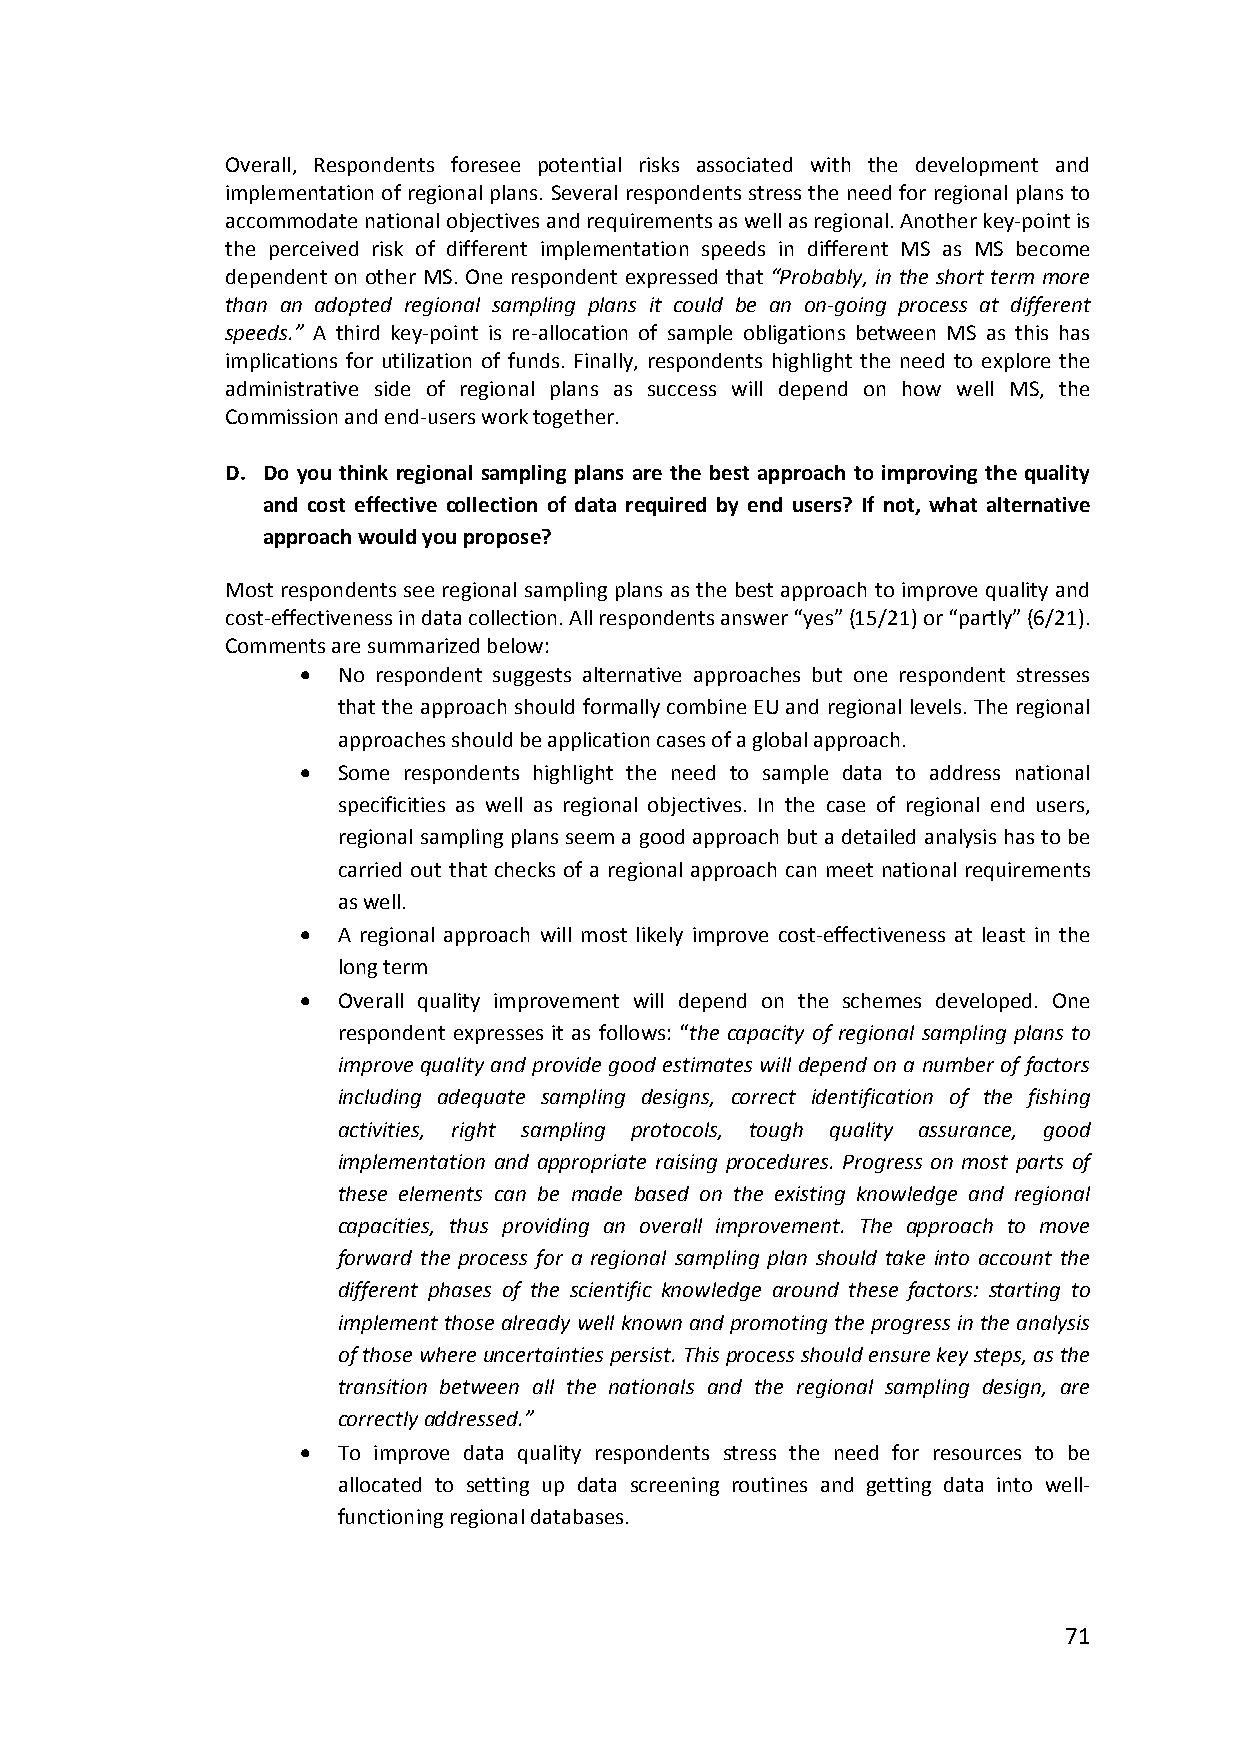
Overall, Respondents foresee potential risks associated with the development and
 implementation of regional plans. Several respondents stress the need for regional plans to
 accommodate national objectives and requirements as well as regional. Another key‐point is
 the perceived risk of different implementation speeds in different MS as MS become
 dependent on other MS. One respondent expressed that “Probably, in the short term more
 than an adopted regional sampling plans it could be an on‐going process at different
 speeds.” A third key‐point is re‐allocation of sample obligations between MS as this has
 implications for utilization of funds. Finally, respondents highlight the need to explore the
 administrative side of regional plans as success will depend on how well MS, the
 Commission and end‐users work together.
 D. Do you think regional sampling plans are the best approach to improving the quality
 and cost effective collection of data required by end users? If not, what alternative
 approach would you propose?
 Most respondents see regional sampling plans as the best approach to improve quality and
 cost‐effectiveness in data collection. All respondents answer “yes” (15/21) or “partly” (6/21).
 Comments are summarized below:
  No respondent suggests alternative approaches but one respondent stresses
 that the approach should formally combine EU and regional levels. The regional
 approaches should be application cases of a global approach.
  Some respondents highlight the need to sample data to address national
 specificities as well as regional objectives. In the case of regional end users,
 regional sampling plans seem a good approach but a detailed analysis has to be
 carried out that checks of a regional approach can meet national requirements
 as well.
  A regional approach will most likely improve cost‐effectiveness at least in the
 long term
  Overall quality improvement will depend on the schemes developed. One
 respondent expresses it as follows: “the capacity of regional sampling plans to
 improve quality and provide good estimates will depend on a number of factors
 including adequate sampling designs, correct identification of the fishing
 activities, right sampling protocols, tough quality assurance, good
 implementation and appropriate raising procedures. Progress on most parts of
 these elements can be made based on the existing knowledge and regional
 capacities, thus providing an overall improvement. The approach to move
 forward the process for a regional sampling plan should take into account the
 different phases of the scientific knowledge around these factors: starting to
 implement those already well known and promoting the progress in the analysis
 of those where uncertainties persist. This process should ensure key steps, as the
 transition between all the nationals and the regional sampling design, are
 correctly addressed.”
  To improve data quality respondents stress the need for resources to be
 allocated to setting up data screening routines and getting data into well‐
 functioning regional databases.
 71